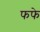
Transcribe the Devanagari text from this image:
फफे